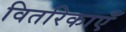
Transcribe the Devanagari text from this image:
वितरिकाएँ